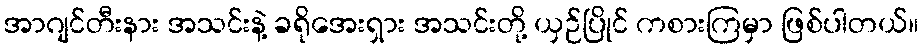
အာဂျင်တီးနား အသင်းနဲ့ ခရိုအေးရှား အသင်းတို့ ယှဉ်ပြိုင် ကစားကြမှာ ဖြစ်ပါတယ်။